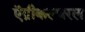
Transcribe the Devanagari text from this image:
ऍग्रीकल्चरल